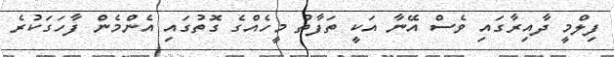
ފިލްމީ ދާއިރާގައި ވެސް އޭނާ އަކީ ތަފާތު މީހެއްގެ ގޮތުގައި އެންމެން ފާހަގަކުރެ